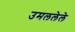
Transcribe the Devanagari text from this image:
उमललेले